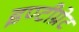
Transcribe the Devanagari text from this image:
इण्टीग्रेट